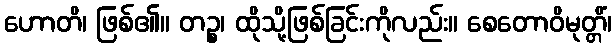
ဟောတိ၊ ဖြစ်၏။ တဉ္စ၊ ထိုသို့ဖြစ်ခြင်းကိုလည်း။ စေတောဝိမုတ္တိံ၊